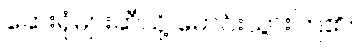
ဆေးရုံများဆီသို့ မောင်းသွားကြ၏။